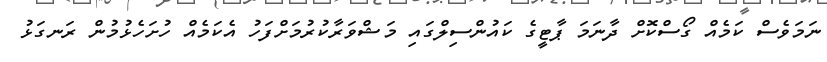
ނަމަވެސް ކަމެއް ގޯސްކޮށް ދާނަމަ ޕާޓީގެ ކައުންސިލްގައި މަޝްވަރާކުރުމަށްފަހު އެކަމެއް ހުށަހެޅުމުން ރަނގަޅު